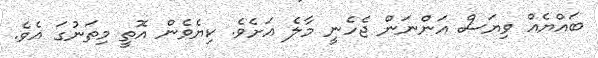
ބައްޔެއް ވިޔަސް އަންނަން ޖެހެނީ މާލެ އަށެވެ. ކިޔެވެން އޮތީ މިތަނުގަ އެވެ.